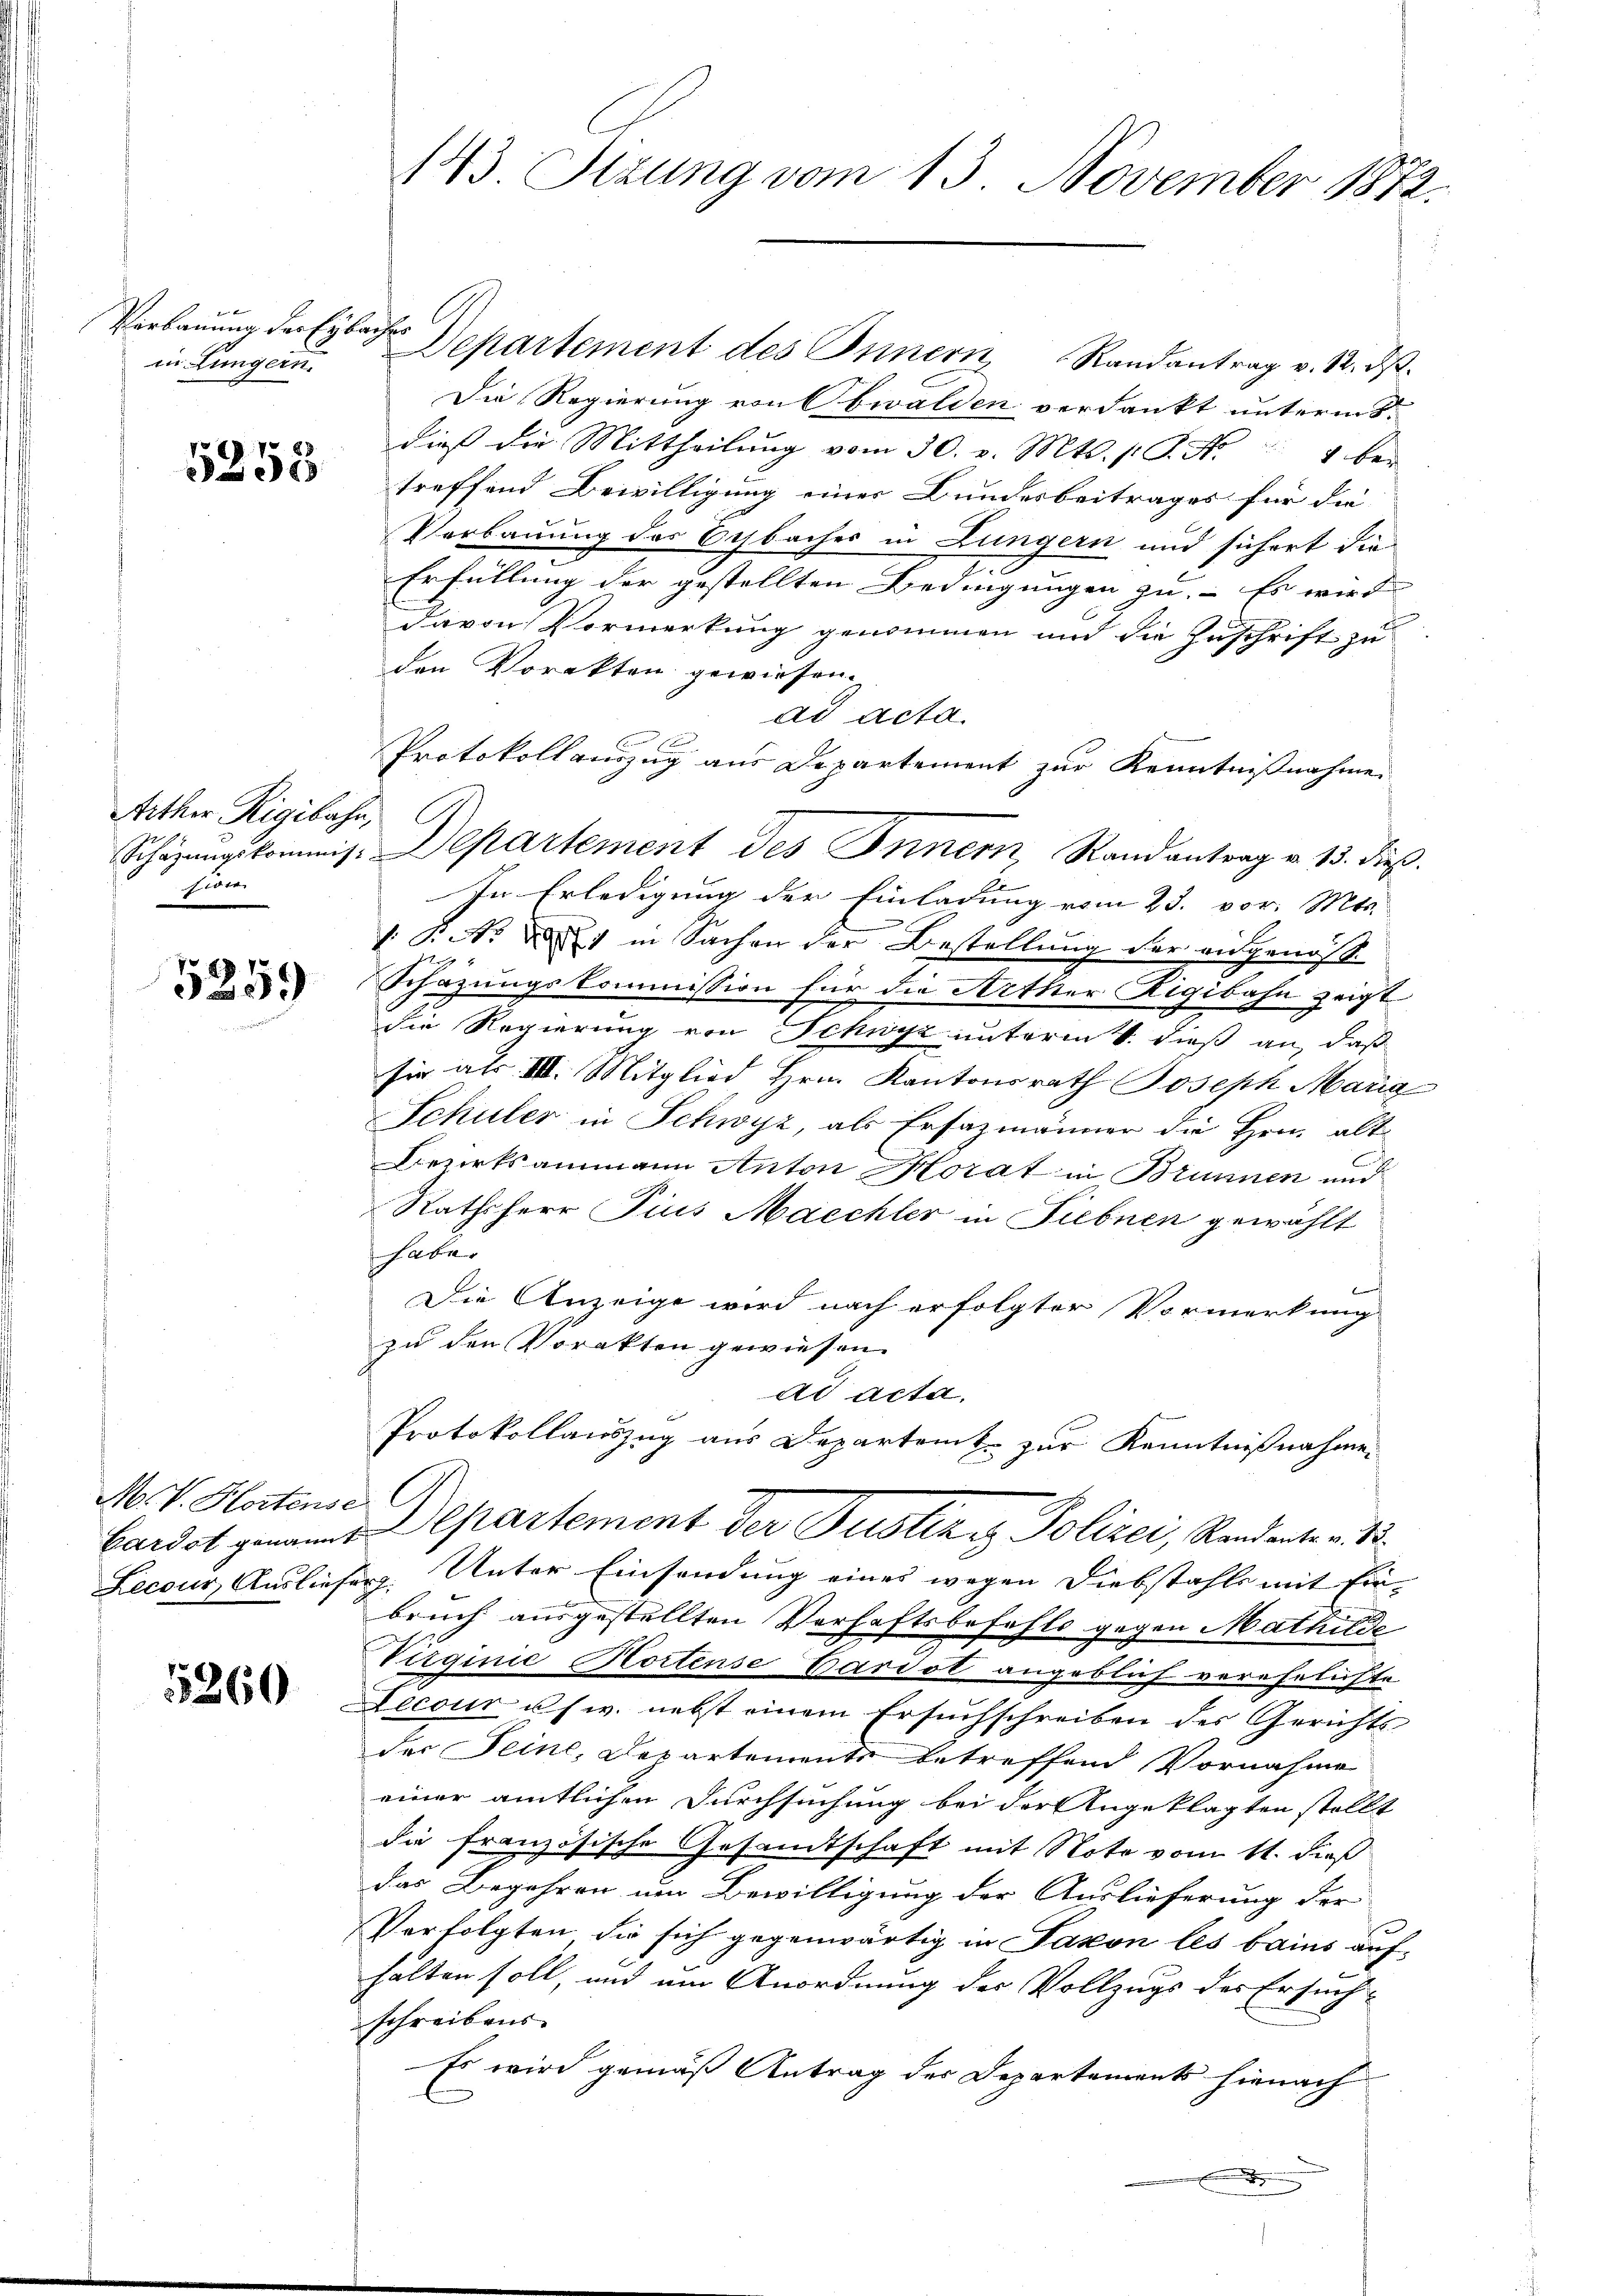
Verbauung der Erbauer
in Lungern

5258

Aether Rigibahn,
be

5259

M. V. Hortense

5260

Departement des Innern Randantrag v. 12. ds.
Die Regierung von Obwalden verdankt unterm 8.
dieß die Mittheilung vom 30. v. Mts. s. S. Nr. 4 be-
treffend Bewilligung einer Bundesbeitrages für die
Verbauung des Sebaches in Lungern und sichert die
Erfüllung der gestellten Bedingungen zu. Es wird
davon Vormerkung genommen und die Zuschrift zu
den Vorakten gewiesen.
ad acta.
Protokollauszug aus Departement zur Kenntnißnahme
Schäzŭngskommis. Departement des Innern, Randantrag v. 15. dieß.
In Erledigung der Einladung vom 23. vor. Mts.
1: P. Nr. 1 in Sachen der Bestellung der eidgenöß¬
Schazungskommission für die Artker Rigibahn zeigt
die Regierung von Schwyz unterm 1. dieß an, daß
fir als III. Mitglied Hrn. Kantonsrath Joseph Maria
Schuler in Schwyz, als Ersazmänner die Hrn. alt
Bezirksammann Anton Morat in Brunnen und
Rathsherr Pius Maechler in Fiebnen gewählt
fabe.
e
Die Anzeige wird nach erfolgter Vormerkung
zu den Vorakten gewiesen.
ad acta,
Protokollauszug aus Departent zur Kenntnißnahmen
Cardst genannt a partement der Justiz & Polizei, Randanten. 13.
Lecour, Auslieferg. Unter Einsendung eines wegen Diebstahls mit Ein-
bruch ausgestellten Verhaftsbefehls gegen Mathilde
Virginie Hortense Cardst angeblich verehelichte
Lecour u. s. w. nebst einem Ersuchschreiben der Gerichtsder Seine, Departements betreffend Vornahme
einer amtlichen Durchsuchung bei der Angeklagten stellt
die französische Gesandtschaft mit Noto vom 11. dieß
das Begehren um Bewilligung der Auslieferung der
Perfolgten die sich gegenwärtig in Saxon les bains aufhalten soll, und um Anordnung der Vollzugs der Ersuch-
schreibens.
Es wird gemäß Antrag der Departements hienach

143. Stzung vom 13. November 1872.